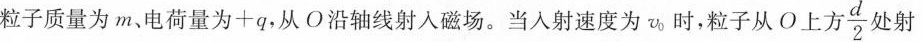
粒子质量为m、电荷量为+q，从O沿轴线射入磁场。当入射速度为v_{0}时，粒子从O上方$$\frac{d}{2}$$ 处射